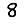
Digit: 8